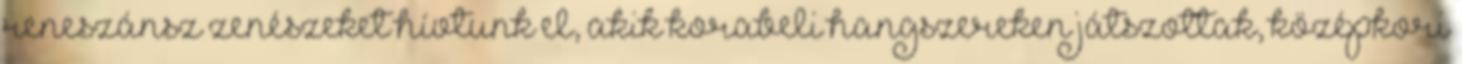
reneszánsz zenészeket hívtunk el, akik korabeli hangszereken játszottak, középkori